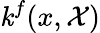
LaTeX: \mathit{k}^{f}(x,\mathcal{{X}})